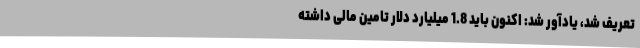
تعریف شد، یادآور شد: اکنون باید 1.8 میلیارد دلار تامین مالی داشته